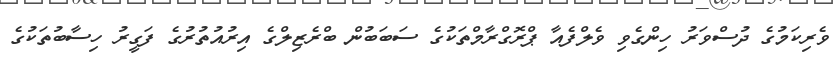
ވެރިކަމުގެ ދުސްވަރު ހިންގެވި ވެލްފެއާ ޕްރޮގްރާމްތަކުގެ ސަބަބުން ބްރެޒިލްގެ އިރުއުތުރުގެ ފަގީރު ހިސާބުތަކުގެ